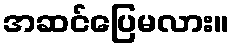
အဆင်ပြေမလား။